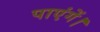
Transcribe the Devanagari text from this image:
पाएंगें।